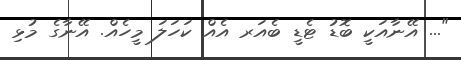
"... އޭނާއަކީ ބޮޑު ޓެޑީ ބެއަރ އެއް ކަހަލަ މީހެއް. އޭނާގެ މުޅި